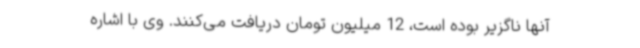
آنها ناگزیر بوده است، 12 میلیون تومان دریافت می‌کنند. وی با اشاره